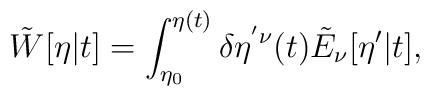
\tilde{W}[\eta|t] = \int_{\eta_0}^{\eta(t)} \delta \eta^{' \nu}(t)   \tilde{E}_\nu[\eta'|t],